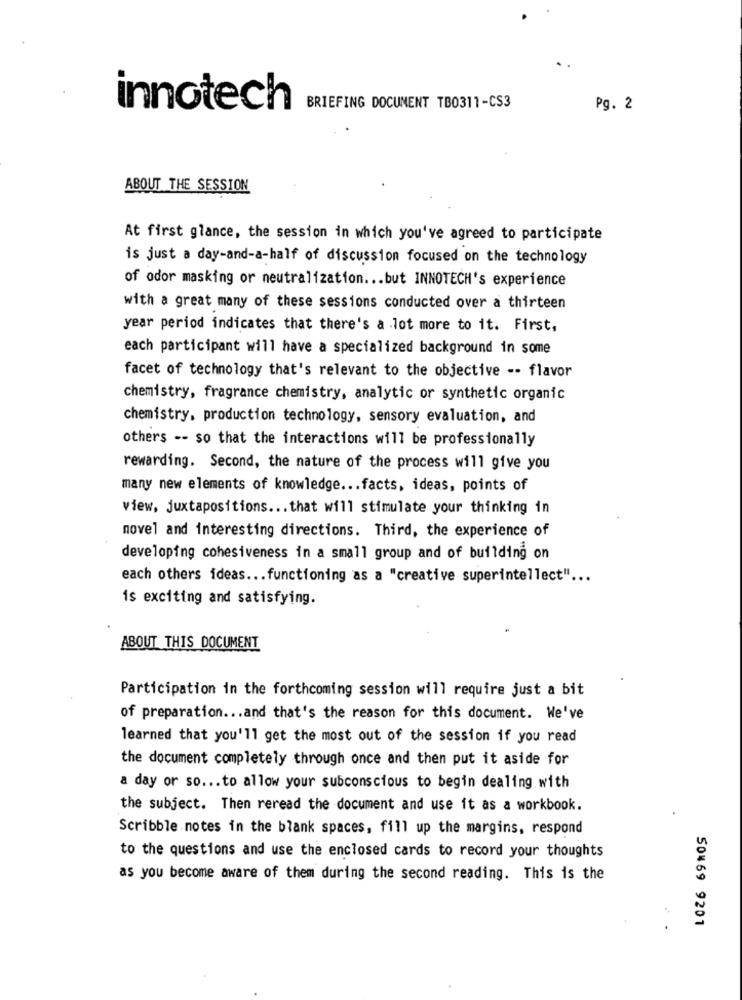
innotech
BRIEFING DOCUMENT TB0311-CS3
Pg. 2
ABOUT THE SESSION
At first glance, the session in which you've agreed to participate
is just a day-and-a-half of discussion focused on the technology
of odor masking or neutralization ... but INNOTECH's experience
with a great many of these sessions conducted over a thirteen
year period indicates that there's a lot more to it. First,
each participant will have a specialized background in some
facet of technology that's relevant to the objective -- flavor
chemistry, fragrance chemistry, analytic or synthetic organic
chemistry, production technology, sensory evaluation, and
others -- so that the interactions will be professionally
rewarding. Second, the nature of the process will give you
many new elements of knowledge ... facts, ideas, points of
view, juxtapositions ... that will stimulate your thinking in
novel and interesting directions. Third, the experience of
developing cohesiveness in a small group and of building on
each others ideas ... functioning as a "creative superintellect" ...
is exciting and satisfying.
ABOUT THIS DOCUMENT
Participation in the forthcoming session will require just a bit
of preparation ... and that's the reason for this document. We've
learned that you'll get the most out of the session if you read
the document completely through once and then put it aside for
a day or so ... to allow your subconscious to begin dealing with
the subject. Then reread the document and use it as a workbook.
Scribble notes in the blank spaces, fill up the margins, respond
to the questions and use the enclosed cards to record your thoughts
as you become aware of them during the second reading. This is the
50¥69 9201